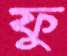
ফু